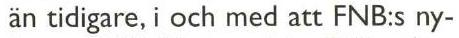
än tidigare, i och med att FNB:s ny-